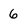
Character: 6